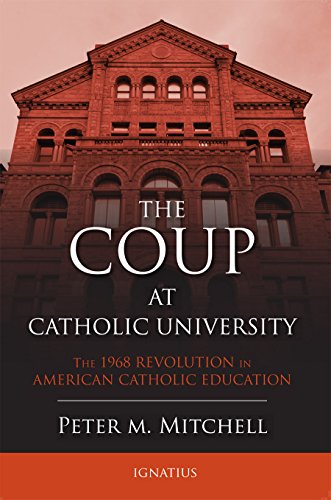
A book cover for The Coup at Catholic University: The 1968 Revolution in American Catholic Education; Fr. Peter Mitchell; Religion & Spirituality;